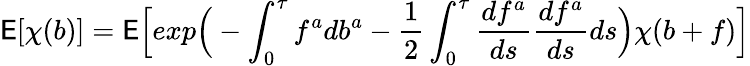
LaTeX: \mathsf{E}[\chi(b)]=\mathsf{E}\Big[exp\Big(-\int_{0}^{\tau}f^{a}db^{a}-\frac{{1}}{{2}}\int_{0}^{\tau}\frac{{df^{a}}}{{ds}}\frac{{df^{a}}}{{ds}}ds\Big)\chi(b+f)\Big]